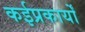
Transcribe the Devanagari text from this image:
कईप्रकार्यों